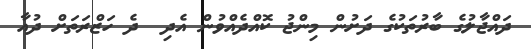
ދައްޖާލުގެ ބާރުތަކުގެ ދަށުން މިންޖު ކޮއްދެއްވުން އެދި  ދެ ހަޒްރަތަށް ދުއާ